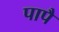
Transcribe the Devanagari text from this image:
पापै